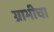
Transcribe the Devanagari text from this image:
ग्राभीचा